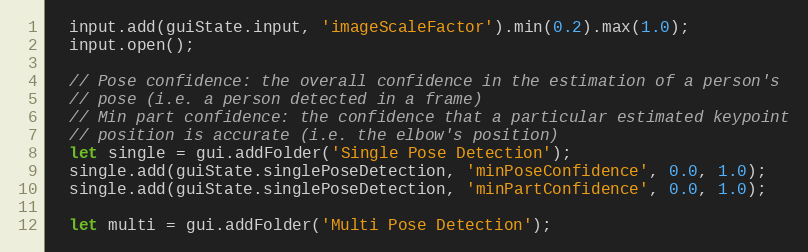
Language: JavaScript
  input.add(guiState.input, 'imageScaleFactor').min(0.2).max(1.0);
  input.open();

  // Pose confidence: the overall confidence in the estimation of a person's
  // pose (i.e. a person detected in a frame)
  // Min part confidence: the confidence that a particular estimated keypoint
  // position is accurate (i.e. the elbow's position)
  let single = gui.addFolder('Single Pose Detection');
  single.add(guiState.singlePoseDetection, 'minPoseConfidence', 0.0, 1.0);
  single.add(guiState.singlePoseDetection, 'minPartConfidence', 0.0, 1.0);

  let multi = gui.addFolder('Multi Pose Detection');